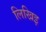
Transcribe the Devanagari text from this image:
लिखिइ